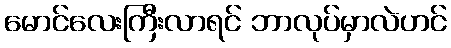
မောင်လေးကြီးလာရင် ဘာလုပ်မှာလဲဟင်